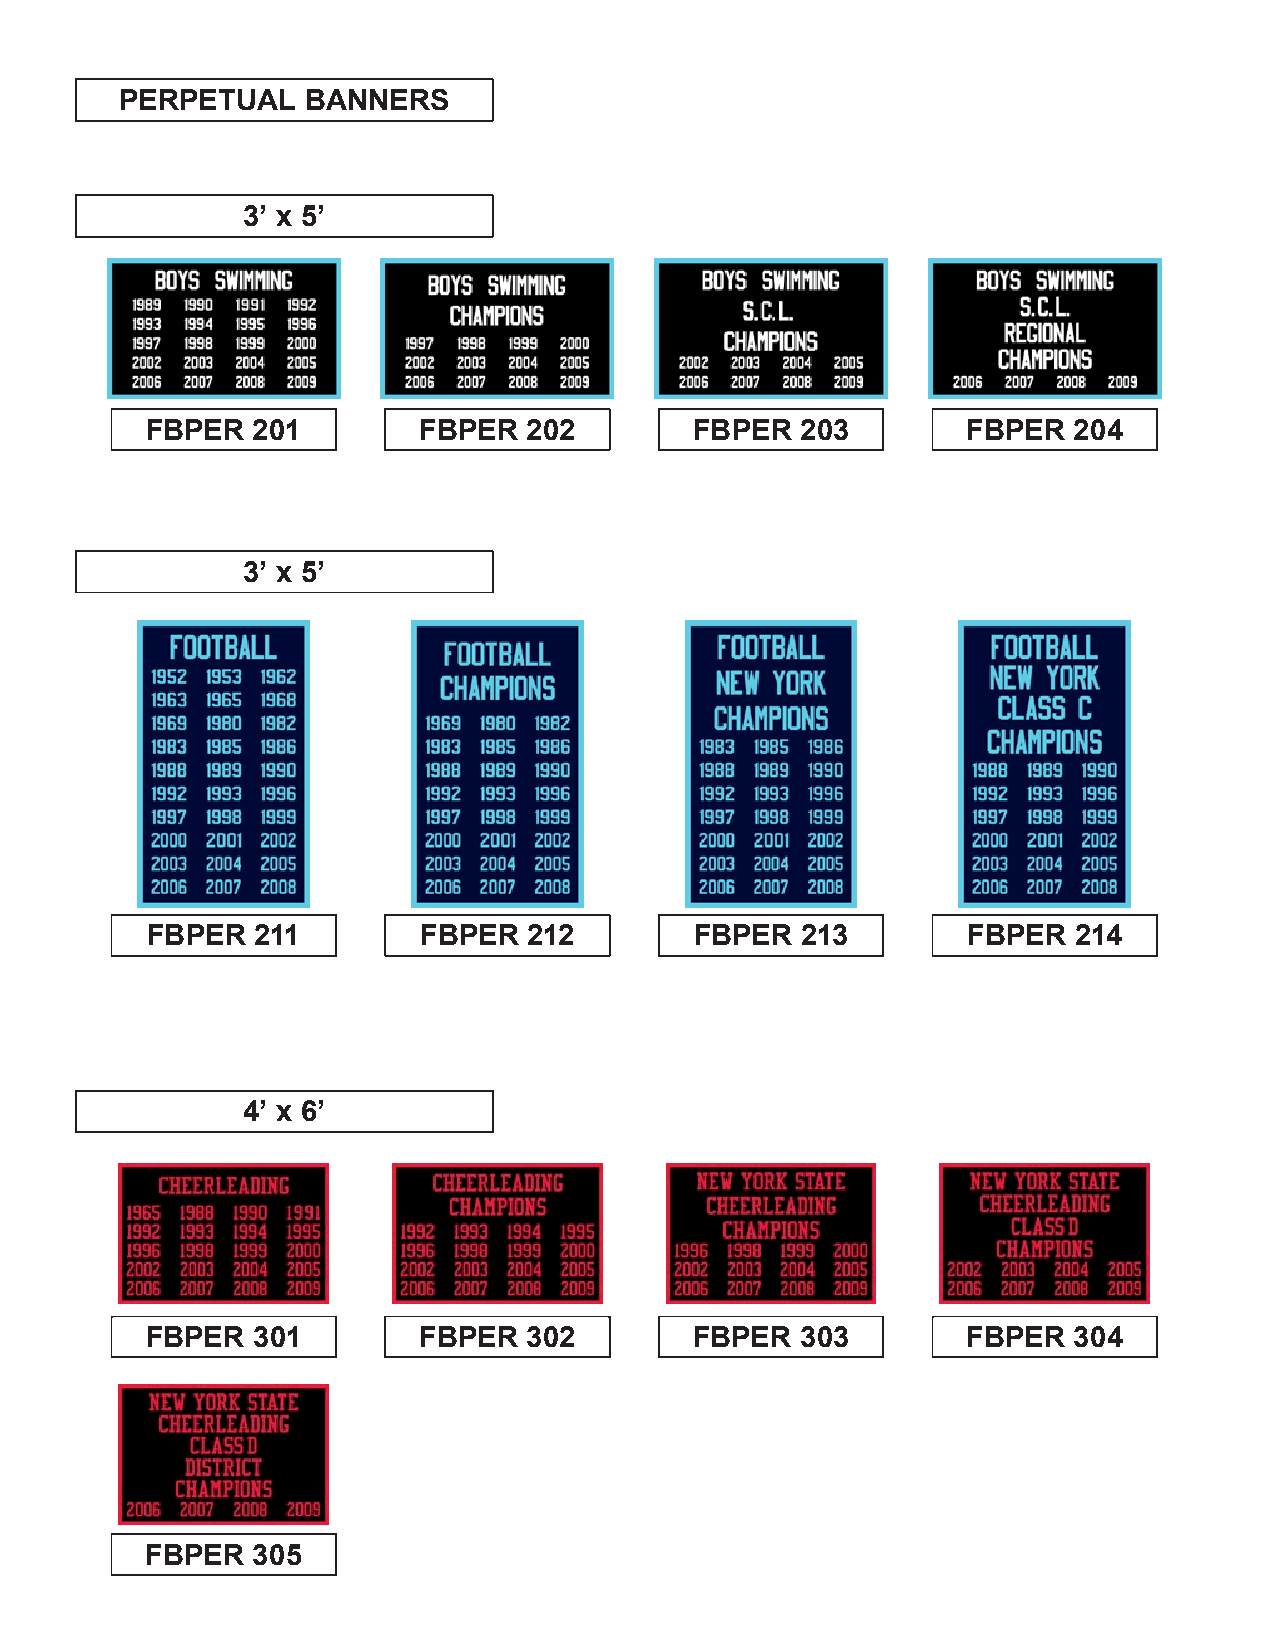
PERPETUAL   BANNERS
 3’ x 5’
 FBPER  201        FBPER  202        FBPER  203        FBPER  204
 3’ x 5’
 FBPER  211        FBPER  212        FBPER  213        FBPER  214
 4’ x 6’
 FBPER  301        FBPER  302        FBPER  303        FBPER  304
 FBPER  305